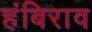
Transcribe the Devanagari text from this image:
हंबिराव